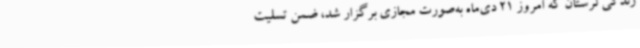
زندگی لرستان که امروز 21 دی‌ماه به‌صورت مجازی برگزار شد، ضمن تسلیت